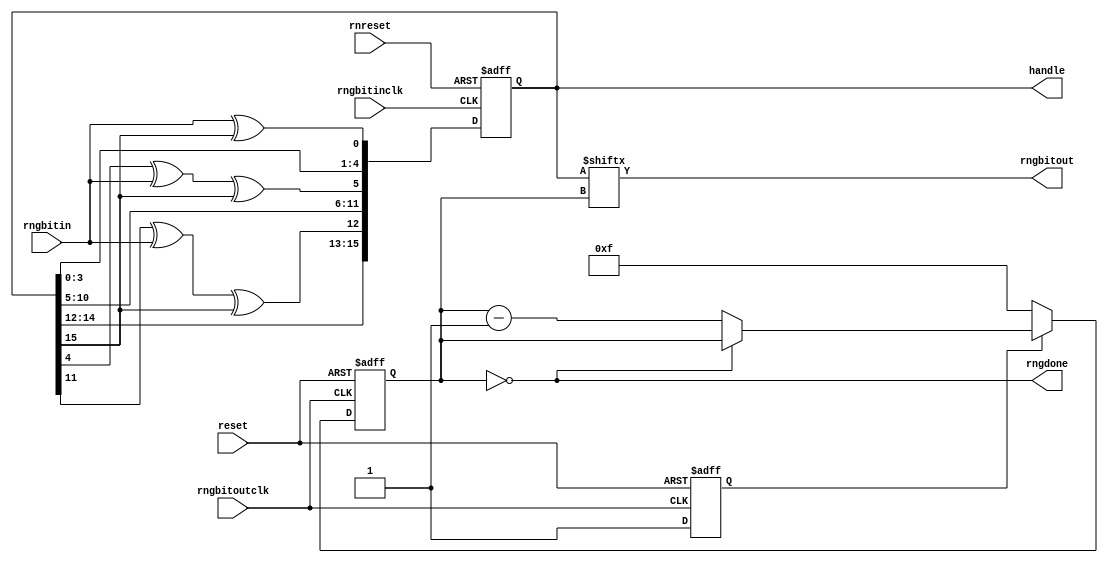
module rng(reset, rnreset, rngbitin, rngbitinclk, rngbitoutclk, rngbitout, rngdone, handle);
input reset, rnreset, rngbitoutclk;
input rngbitin, rngbitinclk;
output rngbitout, rngdone;
output [15:0] handle;
reg [15:0] rn;
reg [3:0] bitoutcounter;
assign handle[15:0] = rn[15:0];
assign rngbitout    = rn[bitoutcounter];
assign rngdone   = (bitoutcounter == 0);
reg    initialized;
always @ (posedge rngbitoutclk or posedge reset) begin
  if (reset) begin
    bitoutcounter <= 0;
    initialized   <= 0;
  end else if (!initialized) begin
    initialized   <= 1;
    bitoutcounter <= 15;
  end else if (!rngdone) begin
    bitoutcounter <= bitoutcounter - 4'd1;
  end else begin
  end 
end 
always @ (posedge rngbitinclk or posedge rnreset) begin
  if (rnreset) begin
    rn <= 16'h0000;
  end else begin
    rn[0]  <= rngbitin ^ rn[15];
    rn[1]  <= rn[0];
    rn[2]  <= rn[1];
    rn[3]  <= rn[2];
    rn[4]  <= rn[3];
    rn[5]  <= rn[4] ^ rngbitin ^ rn[15];
    rn[6]  <= rn[5];
    rn[7]  <= rn[6];
    rn[8]  <= rn[7];
    rn[9]  <= rn[8];
    rn[10] <= rn[9];
    rn[11] <= rn[10];
    rn[12] <= rn[11] ^ rngbitin ^ rn[15];
    rn[13] <= rn[12];
    rn[14] <= rn[13];
    rn[15] <= rn[14];
  end 
end 
endmodule